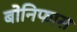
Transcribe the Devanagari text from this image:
बोनिफास